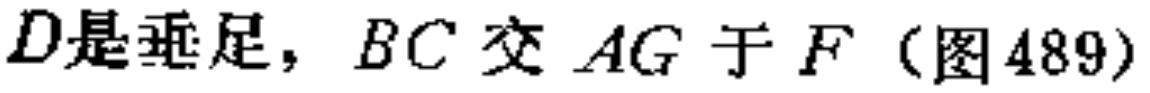
$D是垂足，BC交AG于F（图489）$